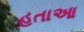
હતાઆ